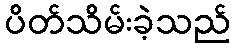
ပိတ်သိမ်းခဲ့သည်